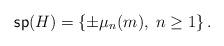
LaTeX: \begin{align*}\mathsf{sp}(H) = \{\pm\mu_{n}(m),\;n\geq 1\}\,.\end{align*}